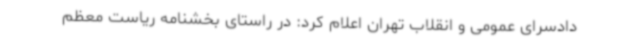
دادسرای عمومی و انقلاب تهران اعلام کرد: در راستای بخشنامه ریاست معظم